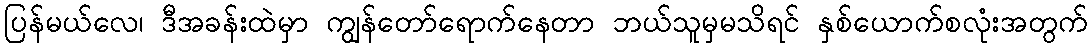
ပြန်မယ်လေ၊ ဒီအခန်းထဲမှာ ကျွန်တော်ရောက်နေတာ ဘယ်သူမှမသိရင် နှစ်ယောက်စလုံးအတွက်